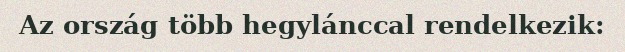
Az ország több hegylánccal rendelkezik: